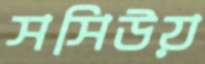
সসিউয়